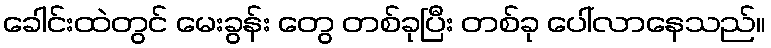
ခေါင်းထဲတွင် မေးခွန်း တွေ တစ်ခုပြီး တစ်ခု ပေါ်လာနေသည်။